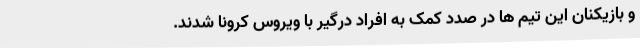
و بازیکنان این تیم ها در صدد کمک به افراد درگیر با ویروس کرونا شدند.